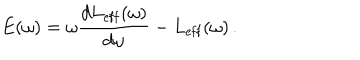
LaTeX: E ( \omega ) = \omega \frac { d L _ { \mathrm { e f f } } ( \omega ) } { d \omega } - L _ { \mathrm { e f f } } ( \omega ) \, .